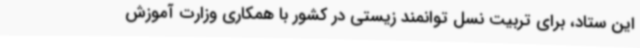
این ستاد، برای تربیت نسل توانمند زیستی در کشور با همکاری وزارت آموزش